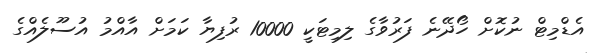
އެޑްމިޓް ނުކޮށް ހޯދޭނެ ފަރުވާގެ ލިމިޓަކީ 10000 ރުފިޔާ ކަމަށް އާއްމު އުސޫލެއްގެ